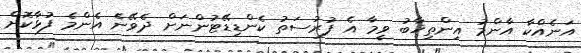
އަނެއްކާ އާންމު އިންތިޚާބު ވީމާ އެ ފުރުސަތު ކެންޑިޑޭޓުންނަށް ދެވޭނެ އެންމެ ފުޅާކޮށް